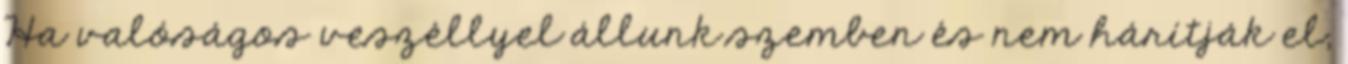
Ha valóságos veszéllyel állunk szemben és nem hárítják el,